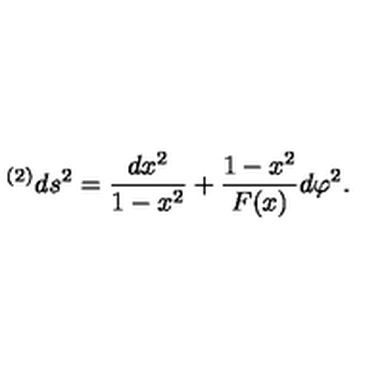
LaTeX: { } ^ { ( 2 ) } d s ^ { 2 } = { \frac { d x ^ { 2 } } { 1 - x ^ { 2 } } } + { \frac { 1 - x ^ { 2 } } { F ( x ) } } d \varphi ^ { 2 } .